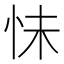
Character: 怽